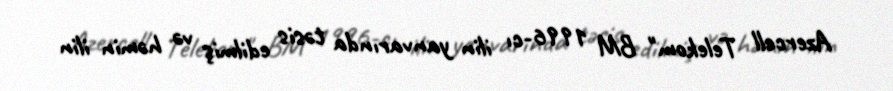
Azercell Telekom" BM 1996-cı ilin yanvarında təsis edilmiş və həmin ilin